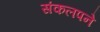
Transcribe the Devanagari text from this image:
संकलपने